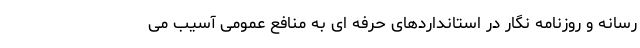
رسانه و روزنامه نگار در استانداردهای حرفه ای به منافع عمومی آسیب می